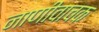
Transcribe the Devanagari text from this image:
नाणीवाचक